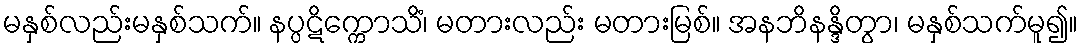
မနှစ်လည်းမနှစ်သက်။ နပ္ပဋိက္ကောသိံ၊ မတားလည်း မတားမြစ်။ အနဘိနန္ဒိတွာ၊ မနှစ်သက်မူ၍။